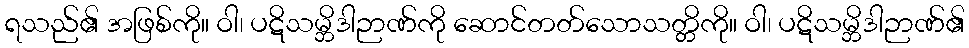
ရသည်၏ အဖြစ်ကို။ ဝါ၊ ပဋိသမ္ဘိဒါဉာဏ်ကို ဆောင်တတ်သောသတ္တိကို။ ဝါ၊ ပဋိသမ္ဘိဒါဉာဏ်၏